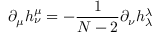
\partial _ { \mu } h _ { \nu } ^ { \mu } = - \frac { 1 } { N - 2 } \partial _ { \nu } h _ { \lambda } ^ { \lambda }